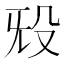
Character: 𬆟